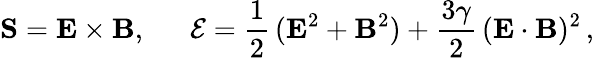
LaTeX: {\mathbf S}={\mathbf E}\times{\mathbf B},\, \ \ \, \ \ \, {\cal{E}}=\frac{1}{2}\, ({\mathbf E}^{2}+{\mathbf B}^{2})+\frac{3\gamma}{2}\, ({\mathbf E}\cdot{\mathbf B})^{2}\, ,